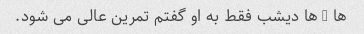
ها - ها دیشب فقط به او گفتم تمرین عالی می شود.